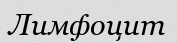
Лимфоцит